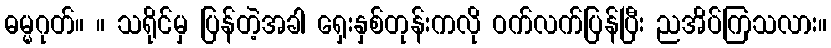
ဓမ္မဂုတ်။ ။ သရိုင်မှ ပြန်တဲ့အခါ ရှေးနှစ်တုန်းကလို ဝက်လက်ပြန်ပြီး ညအိပ်ကြသလား။